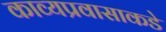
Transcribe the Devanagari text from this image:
काव्यप्रवासाकडे